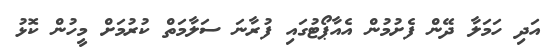
އަދި ހަމަލާ ދޭން ފެށުމުން އެއާޕޯޓުގައި ފުރާނަ ސަލާމަތް ކުރުމަށް މީހުން ކޮޅު